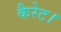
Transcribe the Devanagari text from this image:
कैरेट।